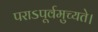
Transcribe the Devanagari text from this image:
पराऽपूर्वमुच्यते।